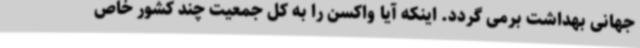
جهانی بهداشت برمی گردد. اینکه آیا واکسن را به کل جمعیت چند کشور خاص